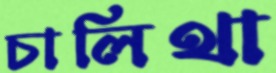
চালিথা